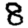
Digit: 8